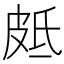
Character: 𭽣